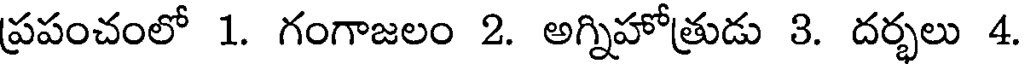
ప్రపంచంలో 1. గంగాజలం 2. అగ్నిహోత్రుడు 3. దర్భలు 4.